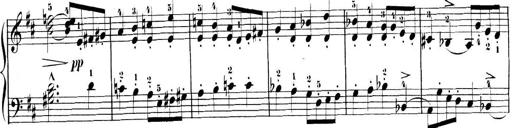
Title: 3 Sonatinen, Op.8
Composer: Isidor Wilhelm Seiss